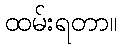
ထမ်းရတာ။